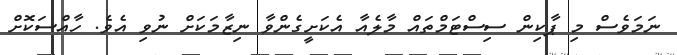
ނަމަވެސް މި ޕާކިން ސިސްޓަމްތައް މާލެއާ އެކަށީގެންވާ ނިޒާމަކަށް ނުވި އެވެ. ހާއްސަކޮށް